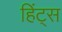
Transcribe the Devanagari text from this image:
हिंट्स